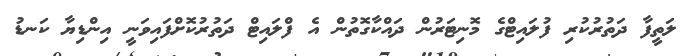
ލަތީފާ ދަތުރުކުރި ފުލައިޓްގެ މޮނިޓަރުން ދައްކާގޮތުން އެ ފްލައިޓް ދަތުރުކޮށްފައިވަނީ އިންޑިޔާ ކަނޑު